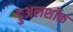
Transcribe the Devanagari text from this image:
डुअलशॉक